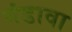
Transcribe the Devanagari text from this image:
गंडावा